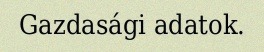
Gazdasági adatok.